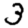
Digit: 3